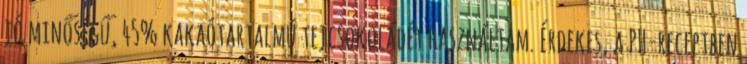
jó minőségű, 45% kakaótartalmú tejcsokoládét használtam. Érdekes, a PH-receptben